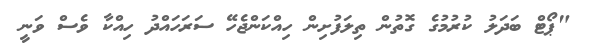
"ޕޯޓް ބަދަލު ކުރުމުގެ ގޮތުން ތިލަފުށިން ހިއްކަންޖެހޭ ސަރަހައްދު ހިއްކާ ވެސް ވަނީ